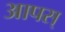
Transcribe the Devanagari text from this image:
आपस्‌